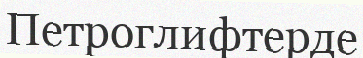
Петроглифтерде